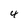
Character: 4